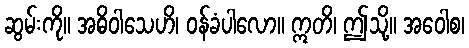
ဆွမ်းကို။ အဓိဝါသေဟိ၊ ဝန်ခံပါလော။ ဣတိ၊ ဤသို့။ အဝေါစ၊